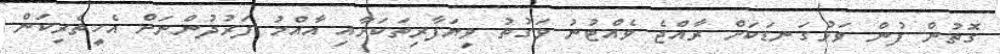
ގޮތުން ފުން ވަޅުގަނޑަކަށް ރާއްޖެ ވެއްޓުނު ވަގުތު ވިޔަފާރިތަކަށާއި އާއްމު ފަރުދުންނަށް އެހީތެރިކަން